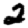
Digit: 2